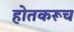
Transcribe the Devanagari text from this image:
होतकरूच